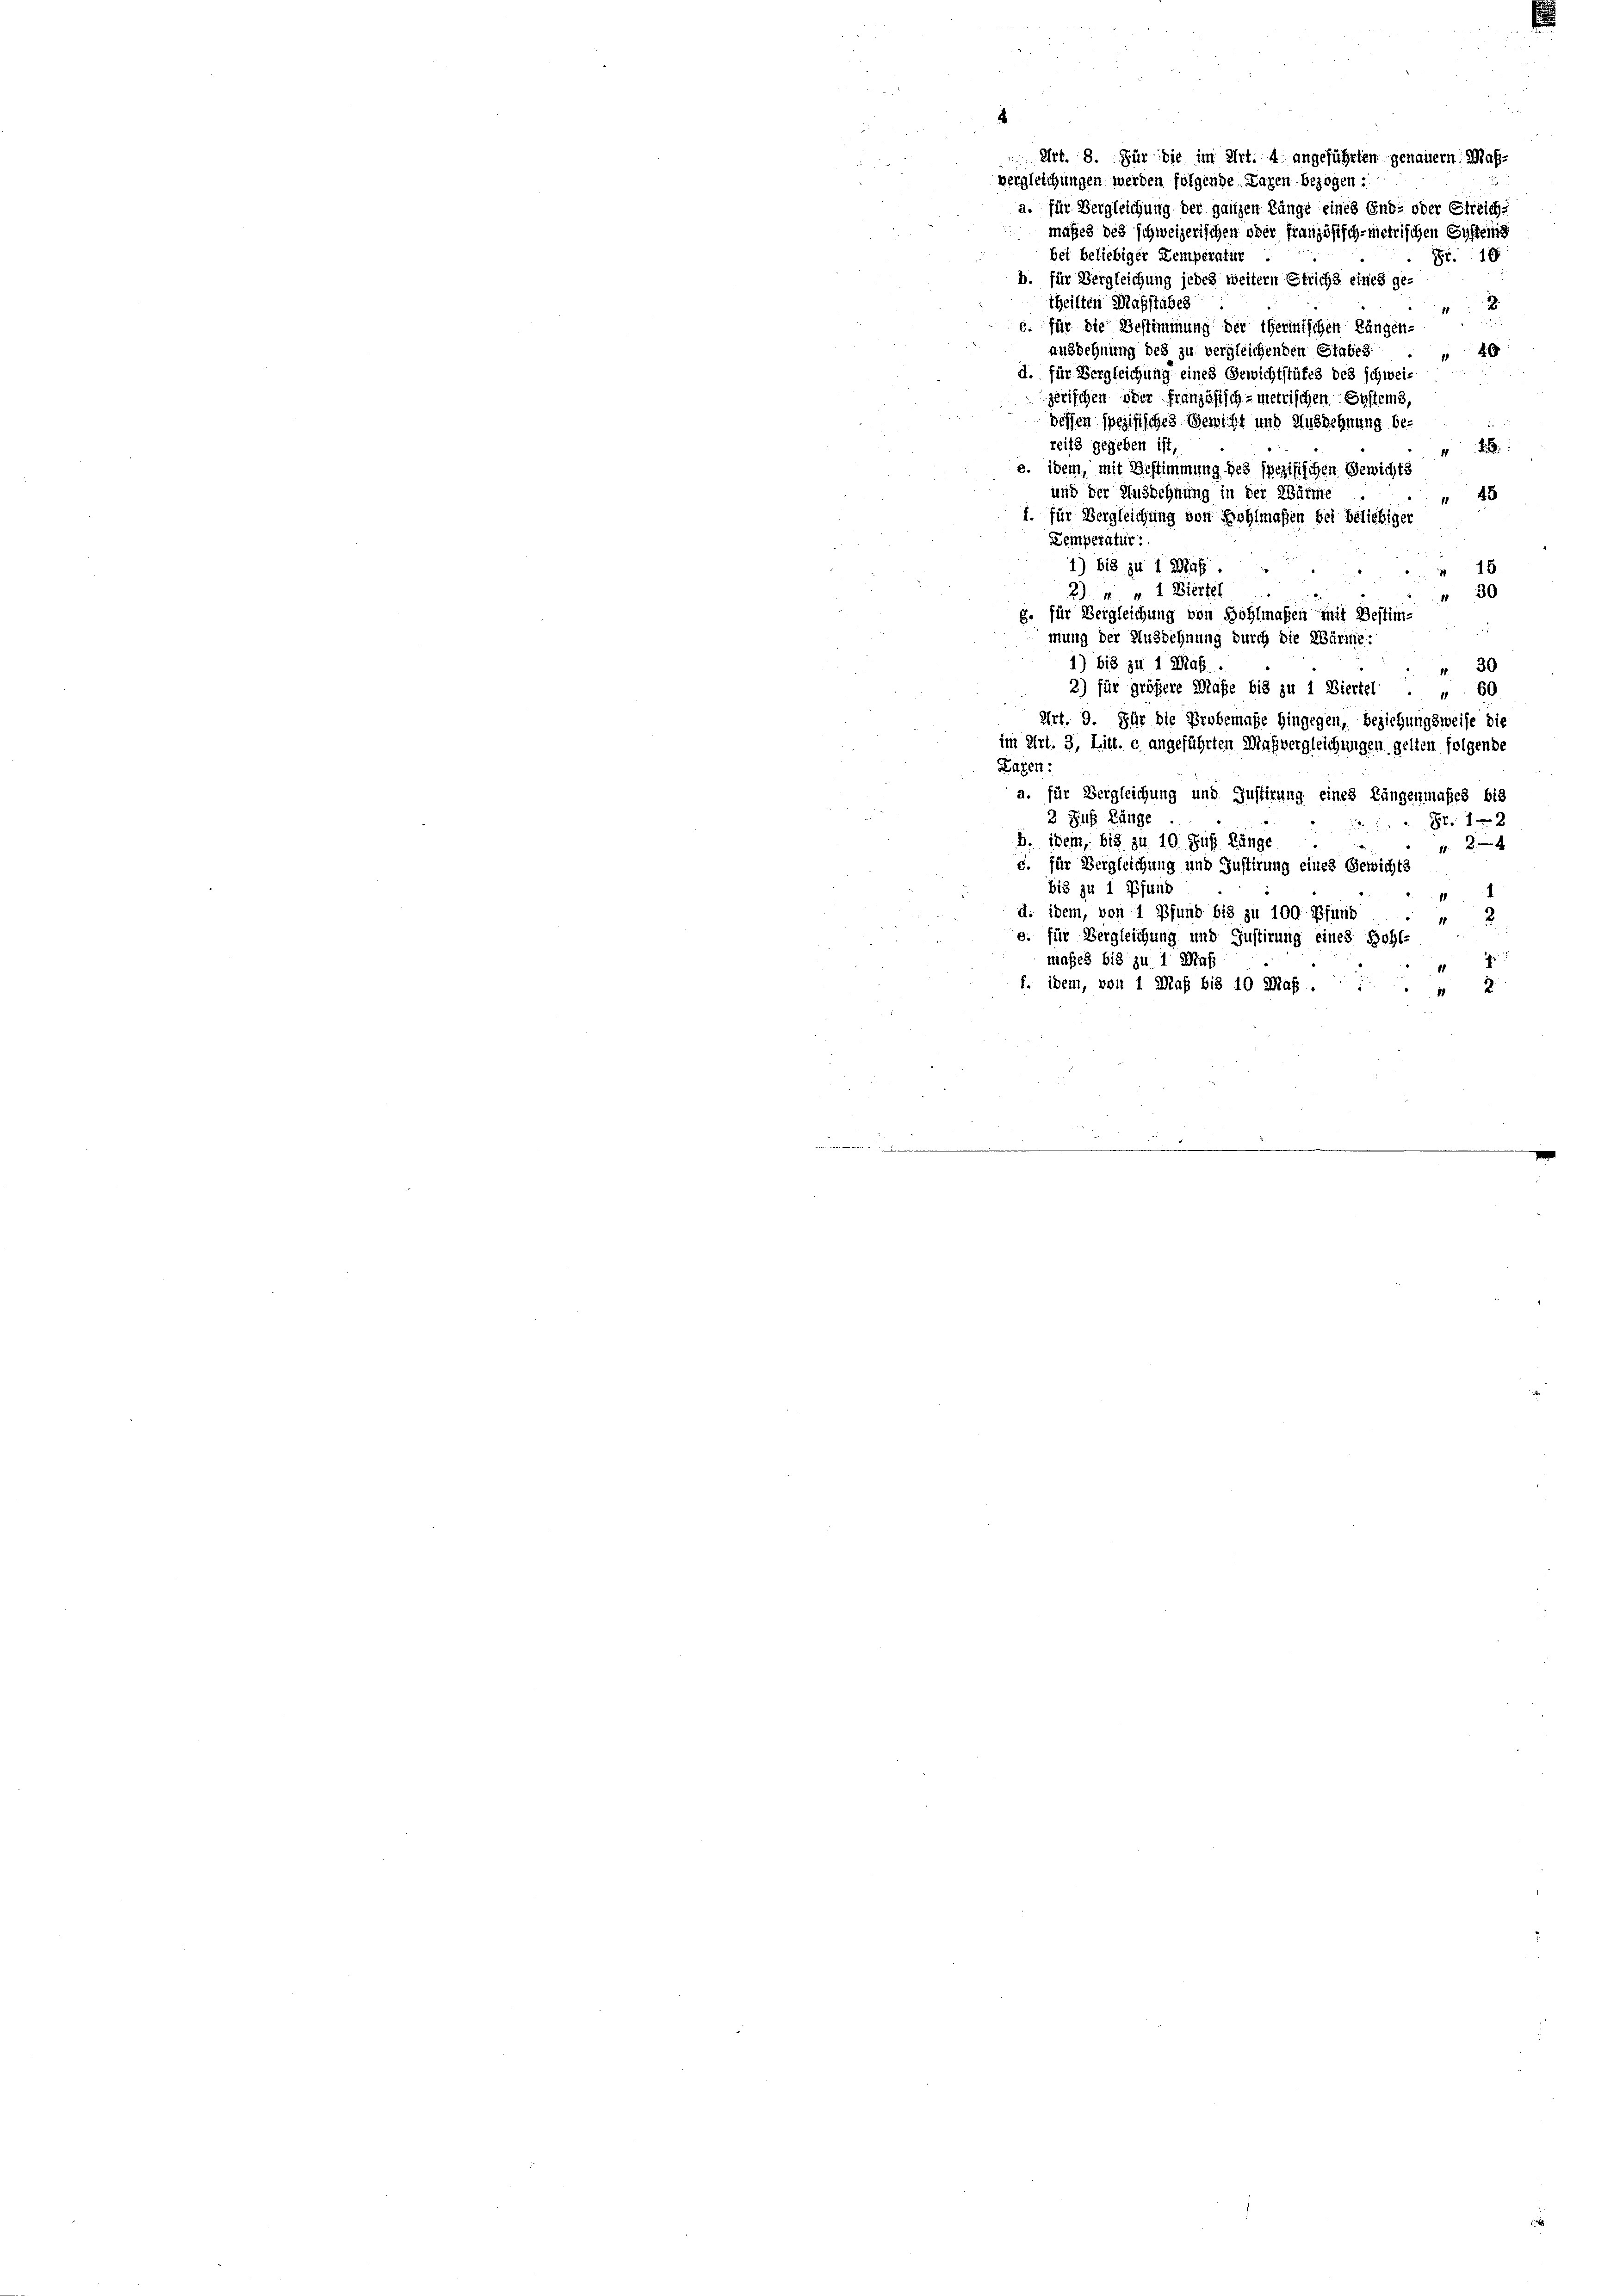
2

Art. 8. Für die im Art. 4 angeführten genauer Maß¬
5
vergleichungen werden folgende Lagen bezogen :
a. für Vergleichung der ganzen Länge eines End- oder Streich-
maßes des schweizerischen oder französisch-metrischen Systems
bei beliebiger Kemperatur
S. 18
b. für Vergleichung jedes weitern Errichs eines ge-
theilten Maßstabes
x
6. für die Bestimmung der Thermischen Längen-
ausdehnung des zu vergleichenden Stabeg
46
d. für Vergleichung eines Gewichtstüfes des schweizerischen oder französisch-metrischen Systems,
bessen spezifisches Gewicht und Ausdehnung bereits gegeben ist,
2
s. idem, mit Bestimmung des spezifischen Gewichts
und der Ausdehnung in der Wärme
48
. für Vergleichung von Wohlmaßen bei beliebiger
Zemperatur:
1) bis zu 1 Mas
15
2) " " 2 Diertel
 30
g. für Vergleichung von Hohlmaßen mit Bestim-
u
mung der Ausdehnung durch die Wärte:
1) bis zu 1 Maß .
 30
2) für größere Maße bis zu 1 Biertel . " 60
Art. 9. Für die Probemasse hingegen, beziehungsweise die
im Art. 3, Litt. c. angeführten Maßvergleichungen gelten folgende
Lazen:
a. für Vergleichung und Justirung eines Längenmaßes bis
2 Fuß Länge
Fr. 18
b. idem, bis zu 10 Fuß Länge
20x
d. für Vergleichung und Justirung eines Gewichts
bis zu 1 Pfund
1
d. idem, von 1 Pfund bis zu 100. Pfund
2
11
e. für Vergleichung und Justirung eines Hohl-
maßes bis zu 1 Mes
f. idem, von 1 Maß bis 10 Maß .
2
¬
e